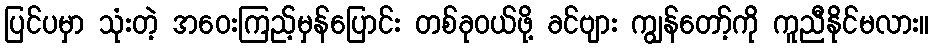
ပြင်ပမှာ သုံးတဲ့ အဝေးကြည့်မှန်ပြောင်း တစ်ခုဝယ်ဖို့ ခင်ဗျား ကျွန်တော့်ကို ကူညီနိုင်မလား။